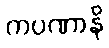
ကပဏာနိ